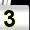
Digit: 3